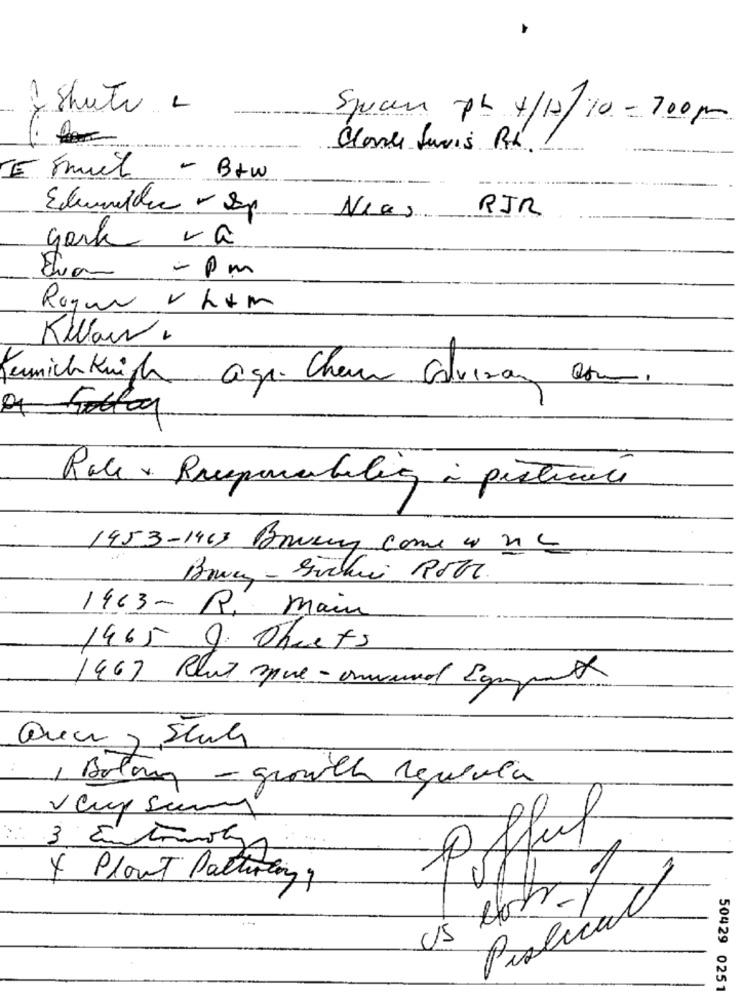
1 Shute L
Specu pr 4/12/10 - 700pm
Clare Suvis Rd. 1
- B+w
RJR
Neas
gark va
- pm
Royan V htm
Kwas.
Termich knigh a gr. Cheur Colvisar com.
Rolex Rueparaboliq à pisticci
1953-1463 Barveux Come w ne
1463- R. main
1465 O. Oheets
1967 Plut sue-umwand Egyatt
1 Bolong - grouch realvia
vcup sims
3 Emtrotz
X Plant Pathinking,
Policial
50429 0251